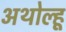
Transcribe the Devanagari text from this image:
अथोल्हू